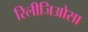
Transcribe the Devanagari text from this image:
रिलीजिओसा